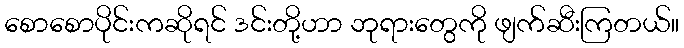
စောစောပိုင်းကဆိုရင် ဒင်းတို့ဟာ ဘုရားတွေကို ဖျက်ဆီးကြတယ်။